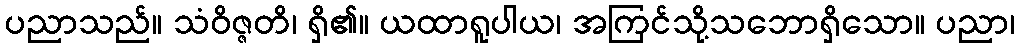
ပညာသည်။ သံဝိဇ္ဇတိ၊ ရှိ၏။ ယထာရူပါယ၊ အကြင်သို့သဘောရှိသော။ ပညာ၊